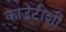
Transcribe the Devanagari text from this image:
काउंटीशी